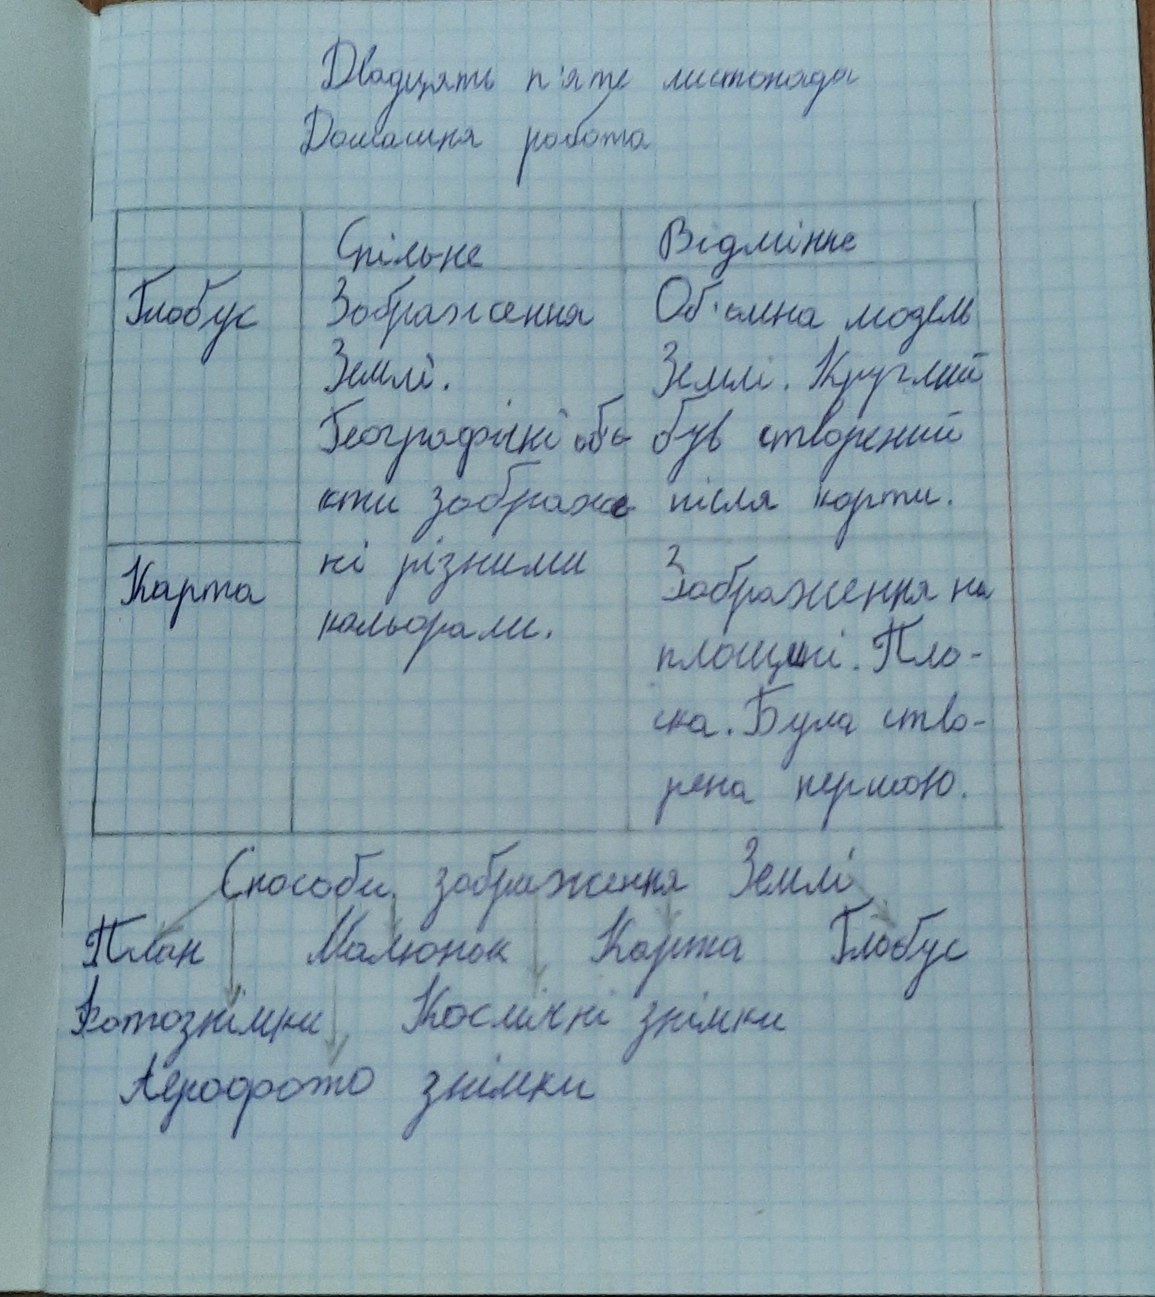
Двадцять п'яте листопада
Домашня робота
| Спільне | Відмінне
Глобус | Зображення Землі. Географічні об'єкти зображені різними кольорами. | Об'ємна модель Землі. Круглий був створений після карти.
Карта | | Зображення на площині. Плоска. Була створена першою.
Способи зображення Землі
План Малюнок Карта Глобус
Фотознімки, Космічні знімки
Аерофото знімки